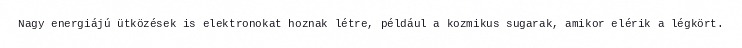
Nagy energiájú ütközések is elektronokat hoznak létre, például a kozmikus sugarak, amikor elérik a légkört.